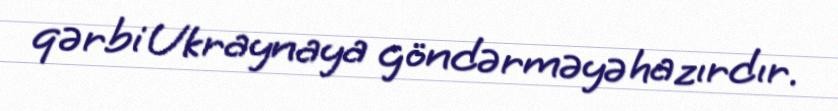
qərbi Ukraynaya göndərməyə hazırdır.